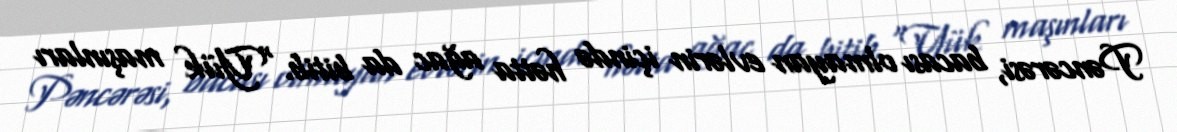
Pəncərəsi, bacası olmayan evlərin içində hətta ağac da bitib.“Yük maşınları